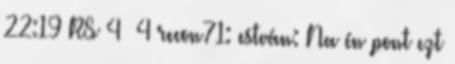
22:19 RS 4 4 recon71: estván: Na én pont ezt